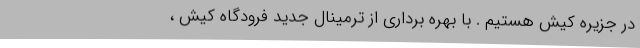
در جزیره کیش هستیم . با بهره برداری از ترمینال جدید فرودگاه کیش ،